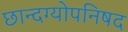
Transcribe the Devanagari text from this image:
छान्दग्योपनिषद